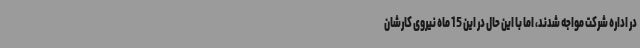
در اداره شرکت مواجه شدند، اما با این حال در این 15 ماه نیروی کارشان